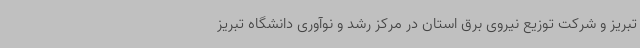
تبریز و شرکت توزیع نیروی برق استان در مرکز رشد و نوآوری دانشگاه تبریز